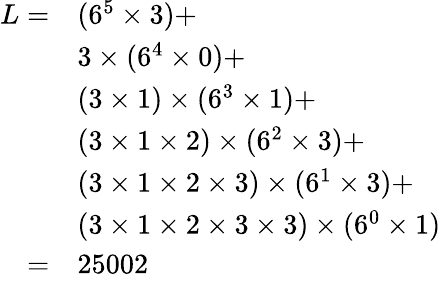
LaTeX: {\begin{array}{rl}{L=}&{(6^{5}\times 3)+}\\ &{3\times(6^{4}\times 0)+}\\ &{(3\times 1)\times(6^{3}\times 1)+}\\ &{(3\times 1\times 2)\times(6^{2}\times 3)+}\\ &{(3\times 1\times 2\times 3)\times(6^{1}\times 3)+}\\ &{(3\times 1\times 2\times 3\times 3)\times(6^{0}\times 1)}\\ {=}&{25002}\end{array}}